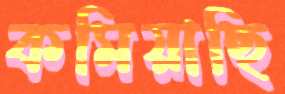
কমিয়াছি